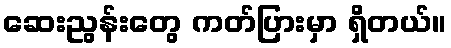
ဆေးညွန်းတွေ ကတ်ပြားမှာ ရှိတယ်။